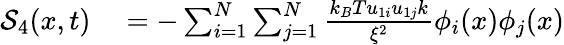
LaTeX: \begin{array}{rl}{\mathcal{S}_{4}(x,t)}&{{}=-\sum_{i=1}^{N}\sum_{j=1}^{N}\frac{k_{B}Tu_{1i}u_{1j}k}{\xi^{2}}\phi_{i}(x)\phi_{j}(x)}\end{array}